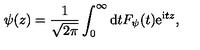
\psi ( z ) = { \frac { 1 } { \sqrt { 2 \pi } } } \int _ { 0 } ^ { \infty } \mathrm { d } t F _ { \psi } ( t ) \mathrm { e } ^ { \mathrm { i } t z } ,